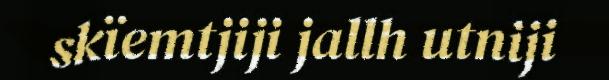
skïemtjiji jallh utniji